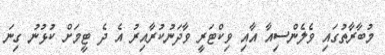
މުބާރާތުގައި ވެލެންސިއާ އާއި ވިކްޓަރީ ވާދަނުކުރާއިރު އެ ދެ ޓީމަށް ކުޅުނު ގިނަ